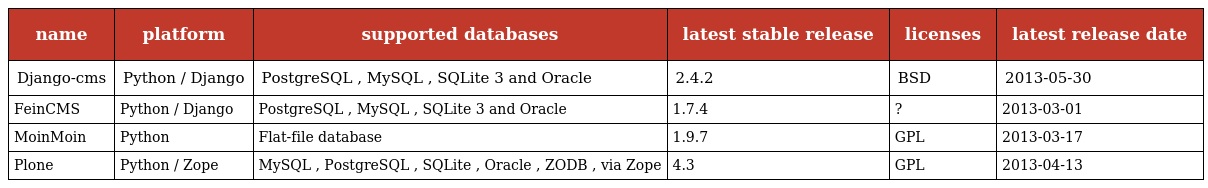
| name | platform | supported databases | latest stable release | licenses | latest release date |
 | --- | --- | --- | --- | --- | --- |
 | Django-cms | Python / Django | PostgreSQL , MySQL , SQLite 3 and Oracle | 2.4.2 | BSD | 2013-05-30 |
 | FeinCMS | Python / Django | PostgreSQL , MySQL , SQLite 3 and Oracle | 1.7.4 | ? | 2013-03-01 |
 | MoinMoin | Python | Flat-file database | 1.9.7 | GPL | 2013-03-17 |
 | Plone | Python / Zope | MySQL , PostgreSQL , SQLite , Oracle , ZODB , via Zope | 4.3 | GPL | 2013-04-13 |